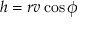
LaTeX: h = r v \cos \phi